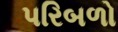
પરિબળો